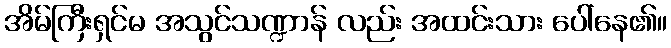
အိမ်ကြီးရှင်မ အသွင်သဏ္ဍာန် လည်း အထင်းသား ပေါ်နေ၏။